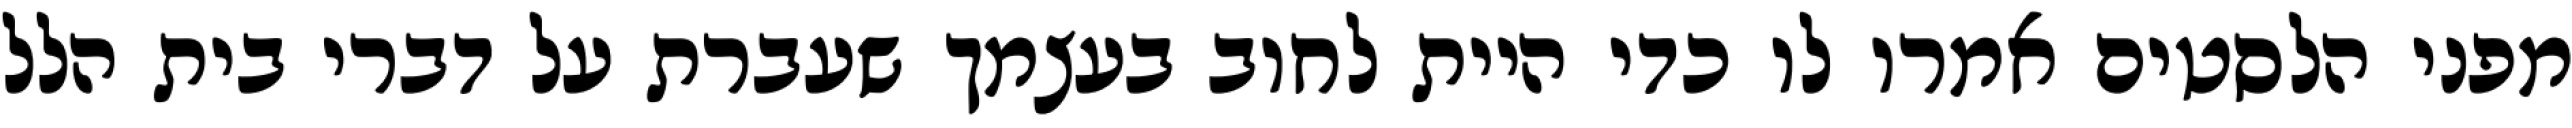
מפני הלסטים אמרו לו כדי היית לחוב בעצמך שעברת על דברי בית הלל